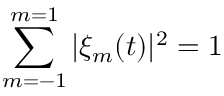
\sum _ { m = - 1 } ^ { m = 1 } | \xi _ { m } ( t ) | ^ { 2 } = 1